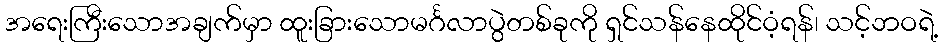
အရေးကြီးသောအချက်မှာ ထူးခြားသောမင်္ဂလာပွဲတစ်ခုကို ရှင်သန်နေထိုင်ဝံ့ရန်၊ သင့်ဘဝရဲ့